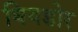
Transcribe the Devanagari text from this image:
थियडोर